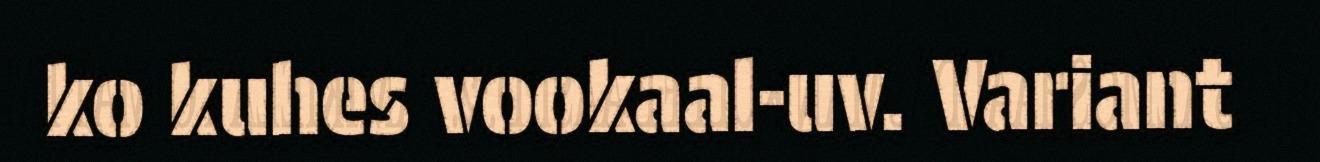
ko kuhes vookaal-uv. Variant